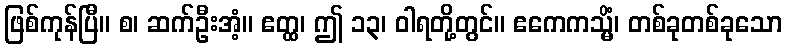
ဖြစ်ကုန်ပြီ။ စ၊ ဆက်ဦးအံ့။ ဧတ္ထ၊ ဤ ၁၃၊ ဝါရတို့တွင်။ ဧကေကသ္မိံ၊ တစ်ခုတစ်ခုသော